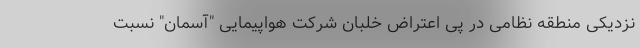
نزدیکی منطقه نظامی در پی اعتراض خلبان شرکت‌ هواپیمایی "آسمان" نسبت